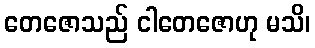
တေဇောသည် ငါတေဇောဟု မသိ၊